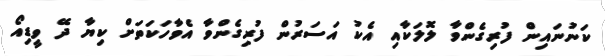
ކަނުނައިން ފުރިގެންވާ ލޮލަކާއި އެކު އަސަރުން ފުރިގެންވާ އެވާހަކަތަށް ކިޔާ ދޭ ވީޑިއޯ